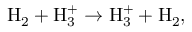
\begin{array} { r } { \mathrm { H } _ { 2 } + \mathrm { H } _ { 3 } ^ { + } \rightarrow \mathrm { H } _ { 3 } ^ { + } + \mathrm { H } _ { 2 } , } \end{array}